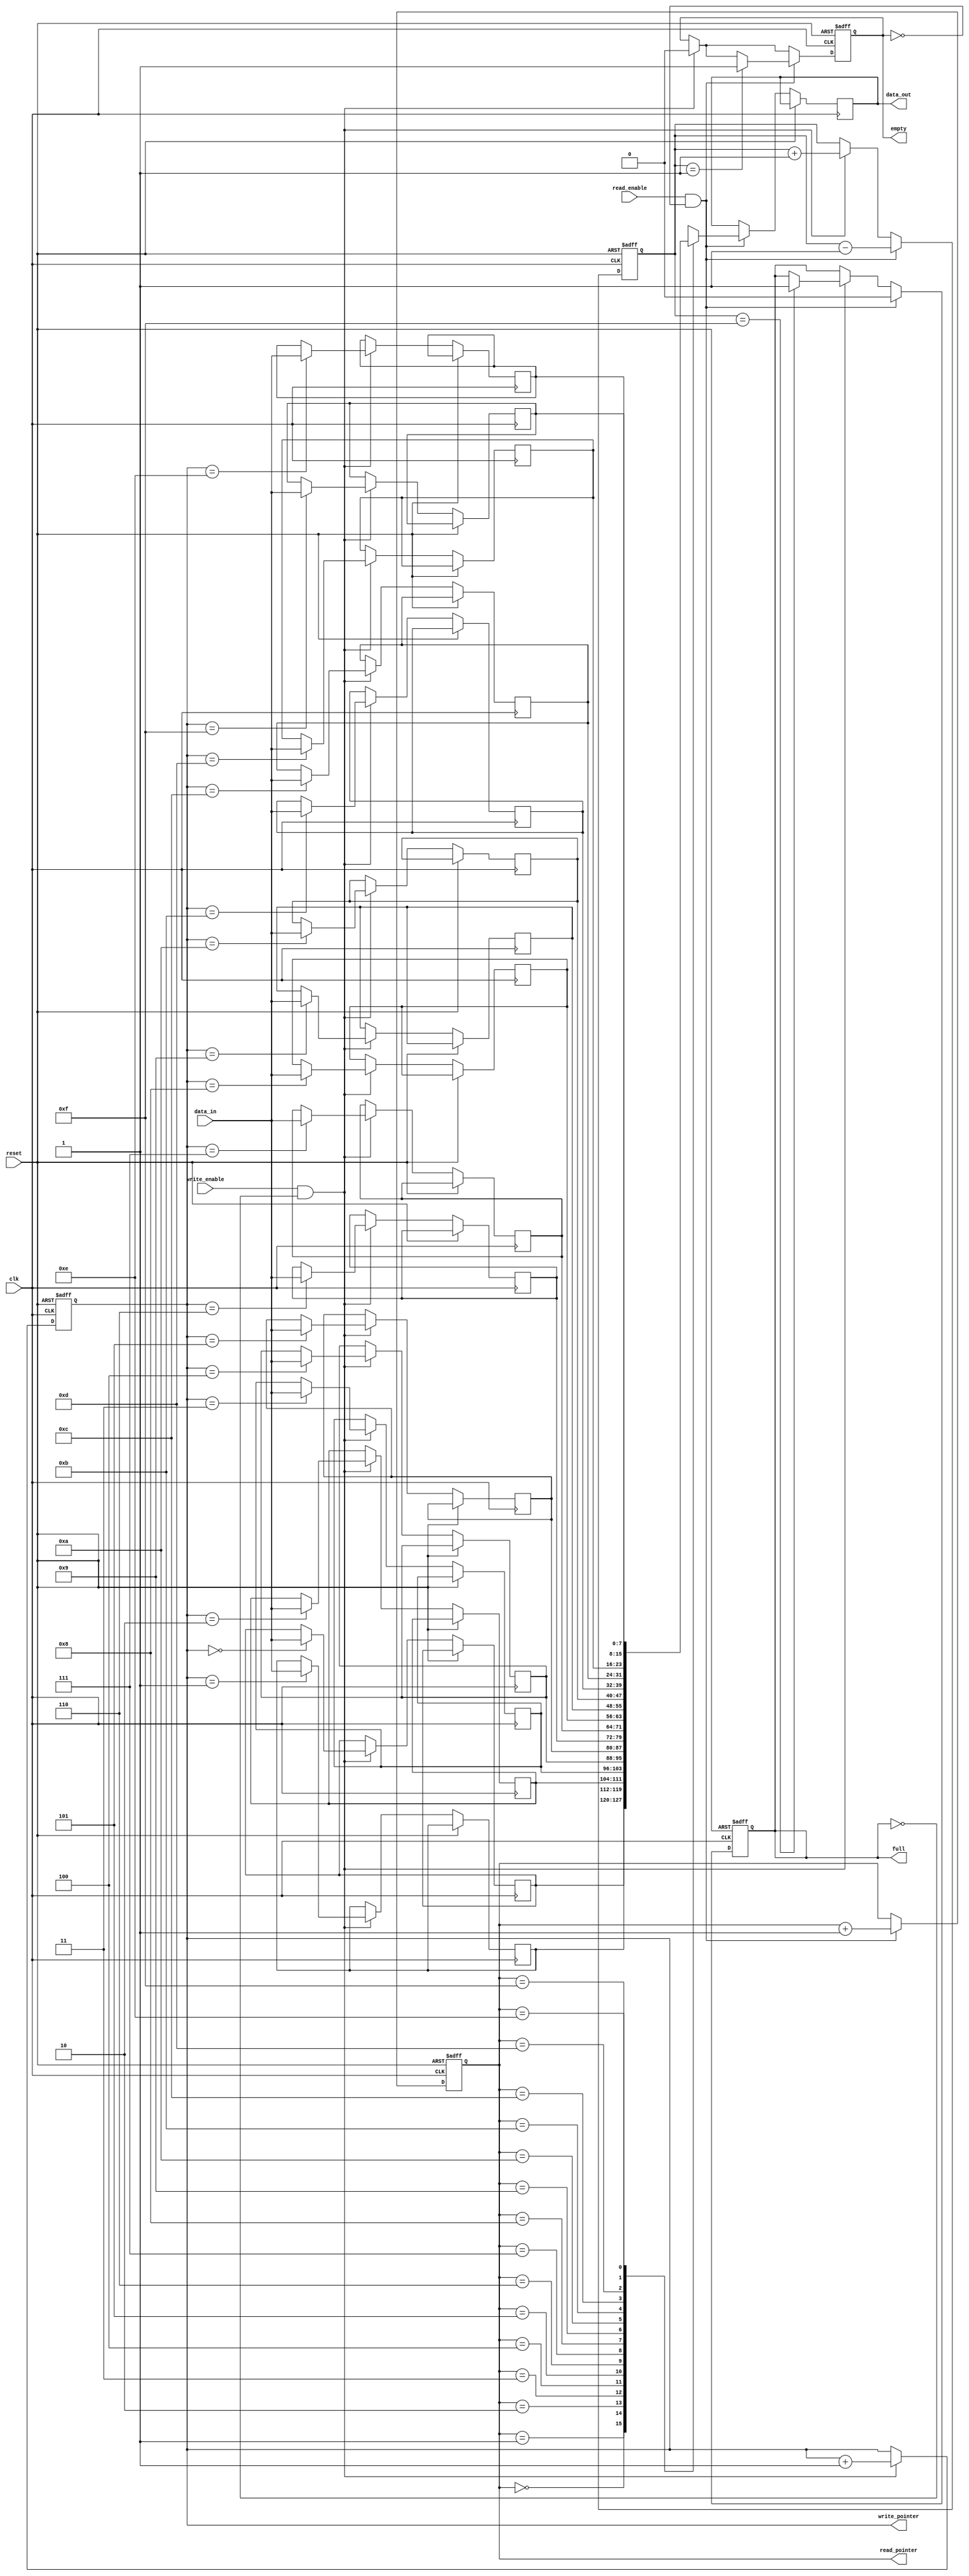
module parameterized_fifo #(
    parameter DATA_WIDTH = 8,       // Width of the data bus
    parameter FIFO_DEPTH = 16        // Depth of the FIFO
) (
    input clk,                       // Clock signal
    input reset,                     // Active-high reset
    input [DATA_WIDTH-1:0] data_in, // Input data bus
    input write_enable,              // Write enable signal
    input read_enable,               // Read enable signal
    output reg [DATA_WIDTH-1:0] data_out, // Output data bus
    output reg full,                 // FIFO full indicator
    output reg empty,                // FIFO empty indicator
    output reg [$clog2(FIFO_DEPTH)-1:0] write_pointer, // Current write index
    output reg [$clog2(FIFO_DEPTH)-1:0] read_pointer   // Current read index
);

    // Internal FIFO memory storage
    reg [DATA_WIDTH-1:0] fifo_mem [0:FIFO_DEPTH-1];
    reg [$clog2(FIFO_DEPTH):0] item_count; // Number of items in FIFO

    // Initialize registers and counters on reset
    always @(posedge clk or posedge reset) begin
        if (reset) begin
            write_pointer <= 0;
            read_pointer <= 0;
            item_count <= 0;
            full <= 0;
            empty <= 1;
        end else begin
            // Write operation
            if (write_enable && !full) begin
                fifo_mem[write_pointer] <= data_in;
                write_pointer <= write_pointer + 1;
                item_count <= item_count + 1;
                empty <= 0; // FIFO is not empty now
                
                // Check if FIFO is full
                if (item_count == FIFO_DEPTH - 1) begin
                    full <= 1;
                end
            end

            // Read operation
            if (read_enable && !empty) begin
                data_out <= fifo_mem[read_pointer];
                read_pointer <= read_pointer + 1;
                item_count <= item_count - 1;
                full <= 0; // FIFO is not full now

                // Check if FIFO is empty
                if (item_count == 1) begin
                    empty <= 1;
                end
            end
        end
    end

endmodule